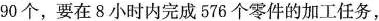
90个，要在8小时内完成576个零件的加工任务，